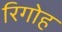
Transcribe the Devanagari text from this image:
रिगोह